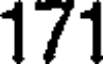
171